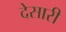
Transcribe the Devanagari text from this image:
देसारी